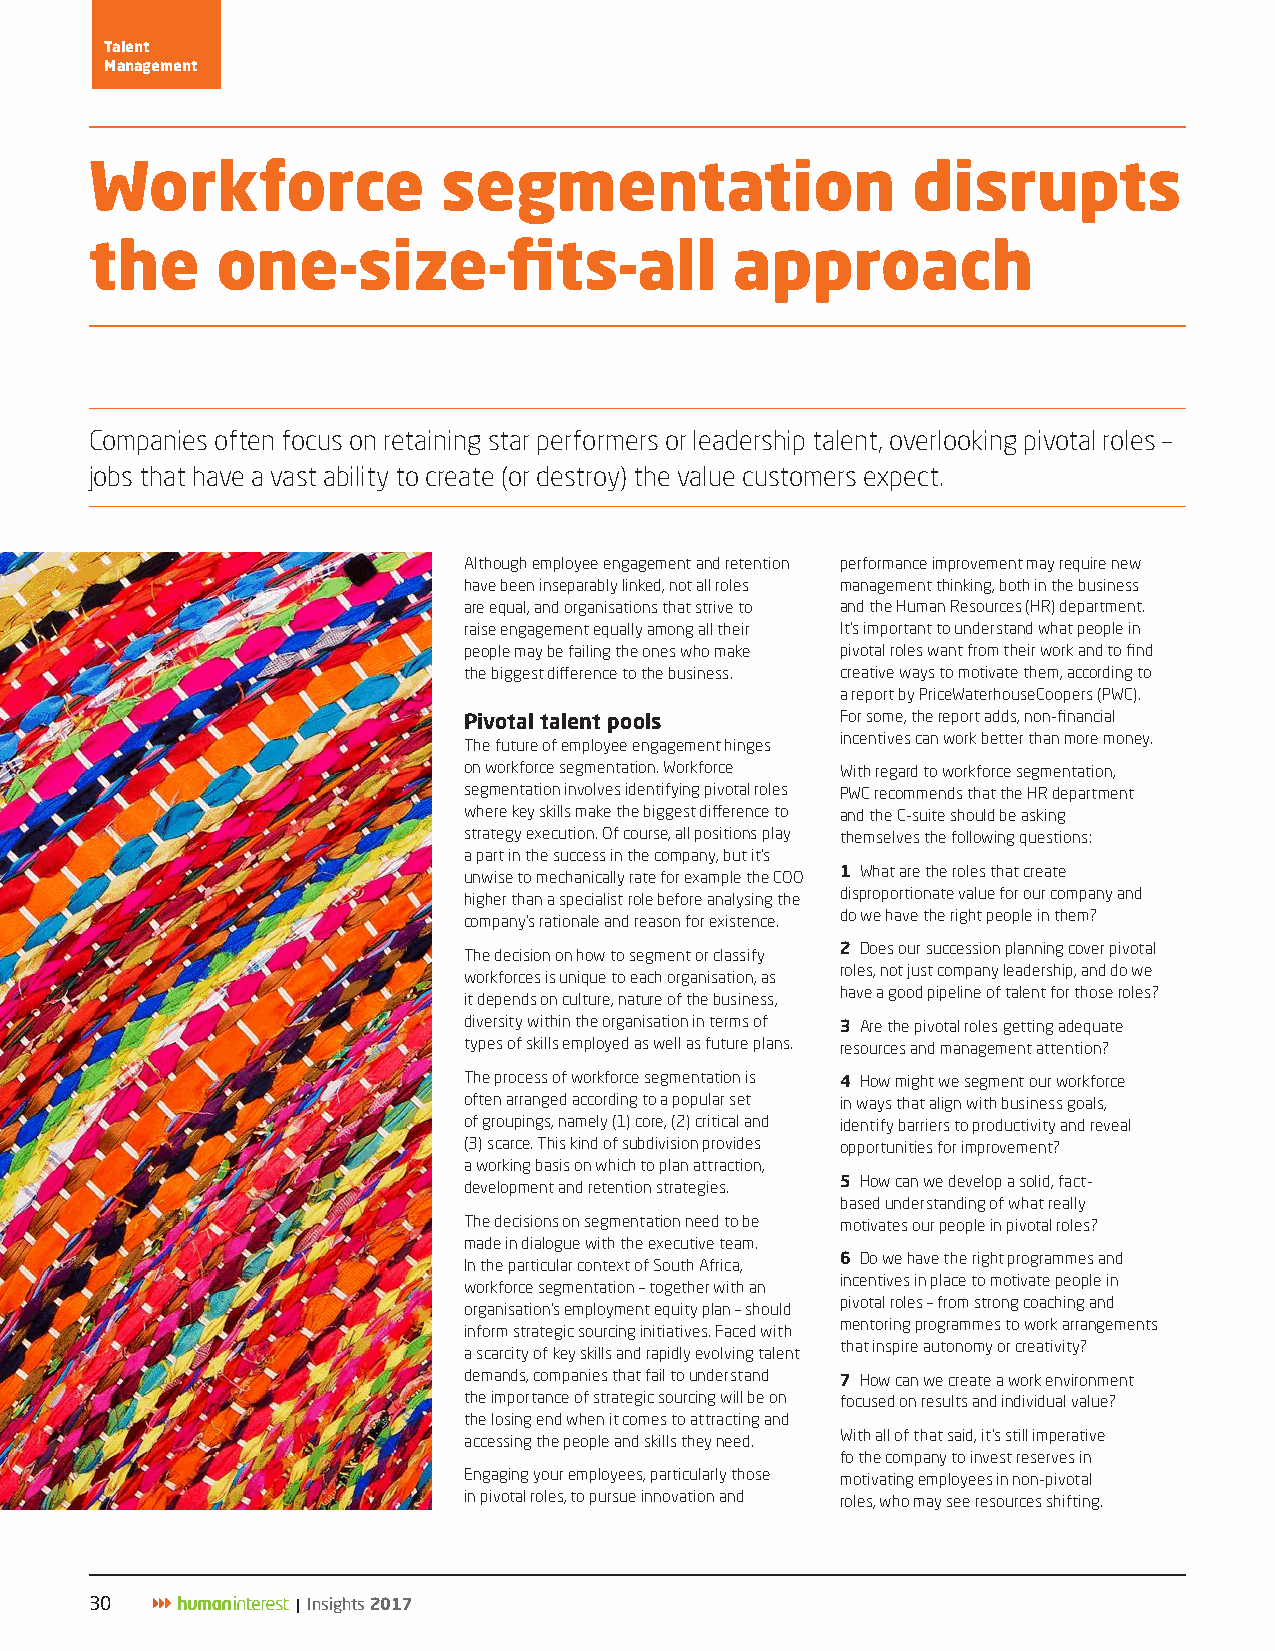
Talent
 Management
 Workforce              segmentation                   disrupts
 the     one-size-fits-all                  approach
 Companies often focus on retaining star performers or leadership talent, overlooking pivotal roles –
 jobs that have a vast ability to create (or destroy) the value customers expect.
 Although employee engagement and retention performance improvement may require new
 have been inseparably linked, not all roles management thinking, both in the business
 are equal, and organisations that strive to and the Human Resources (HR) department.
 raise engagement equally among all their It’s important to understand what people in
 people may be failing the ones who make pivotal roles want from their work and to find
 the biggest difference to the business. creative ways to motivate them, according to
 a report by PriceWaterhouseCoopers (PWC).
 Pivotal talent pools     For some, the report adds, non-financial
 incentives can work better than more money.
 The future of employee engagement hinges
 on workforce segmentation. Workforce With regard to workforce segmentation,
 segmentation involves identifying pivotal roles PWC recommends that the HR department
 where key skills make the biggest difference to and the C-suite should be asking
 strategy execution. Of course, all positions play themselves the following questions:
 a part in the success in the company, but it’s
 1 What are the roles that create
 unwise to mechanically rate for example the COO
 disproportionate value for our company and
 higher than a specialist role before analysing the
 do we have the right people in them?
 company’s rationale and reason for existence.
 2 Does our succession planning cover pivotal
 The decision on how to segment or classify
 roles, not just company leadership, and do we
 workforces is unique to each organisation, as
 have a good pipeline of talent for those roles?
 it depends on culture, nature of the business,
 diversity within the organisation in terms of 3 Are the pivotal roles getting adequate
 types of skills employed as well as future plans. resources and management attention?
 The process of workforce segmentation is 4 How might we segment our workforce
 often arranged according to a popular set in ways that align with business goals,
 of groupings, namely (1) core, (2) critical and identify barriers to productivity and reveal
 (3) scarce. This kind of subdivision provides opportunities for improvement?
 a working basis on which to plan attraction,
 development and retention strategies. 5 How can we develop a solid, fact-
 based understanding of what really
 The decisions on segmentation need to be motivates our people in pivotal roles?
 made in dialogue with the executive team.
 6 Do we have the right programmes and
 In the particular context of South Africa,
 incentives in place to motivate people in
 workforce segmentation – together with an
 pivotal roles – from strong coaching and
 organisation’s employment equity plan – should
 mentoring programmes to work arrangements
 inform strategic sourcing initiatives. Faced with
 that inspire autonomy or creativity?
 a scarcity of key skills and rapidly evolving talent
 demands, companies that fail to understand 7 How can we create a work environment
 the importance of strategic sourcing will be on focused on results and individual value?
 the losing end when it comes to attracting and
 accessing the people and skills they need. With all of that said, it’s still imperative
 fo the company to invest reserves in
 Engaging your employees, particularly those motivating employees in non-pivotal
 in pivotal roles, to pursue innovation and roles, who may see resources shifting.
 30            | Insights 2017